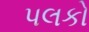
પલકો